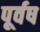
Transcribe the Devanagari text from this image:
पूर्वष